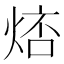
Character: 𤉮